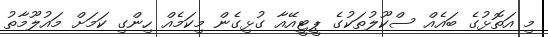
މި އަތޮޅުގެ ބައެއް ސްކޫލުތަކުގެ ޕީޓީއޭއާ ގުޅިގެން މިކަމެއް ހިންގި ކަމަށް މައުލޫމާތު